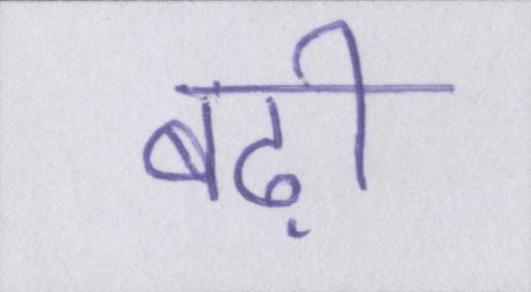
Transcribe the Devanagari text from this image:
बढ़ी